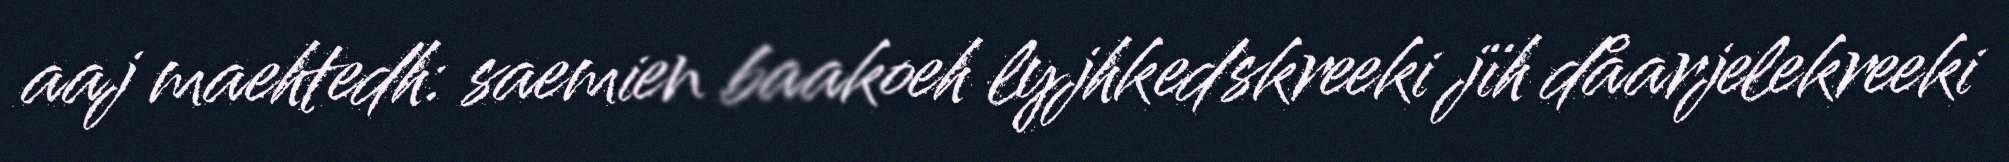
aaj maehtedh: saemien baakoeh lyjhkedskreeki jïh dåarjelekreeki